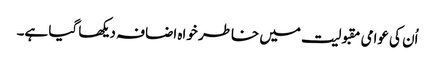
اُن کی عوامی مقبولیت میں خاطر خواہ اضافہ دیکھا گیا ہے۔